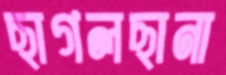
ছাগলছানা